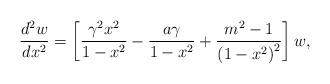
LaTeX: \begin{align*}\frac{d^{2}w}{dx^{2}}=\left[ {\frac{\gamma^{2}x^{2}}{1-x^{2}}-\frac{a\gamma}{1-x^{2}}+\frac{m^{2}-1}{\left( {1-x^{2}}\right) ^{2}}}\right] w,\end{align*}